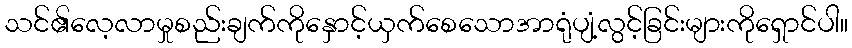
သင်၏လေ့လာမှုစည်းချက်ကိုနှောင့်ယှက်စေသောအာရုံပျံ့လွင့်ခြင်းများကိုရှောင်ပါ။